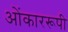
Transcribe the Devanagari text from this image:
ओंकाररूपी